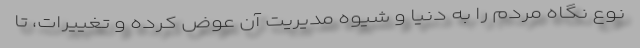
نوع نگاه مردم را به دنیا و شیوه مدیریت آن عوض کرده و تغییرات، تا